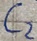
Text: C2